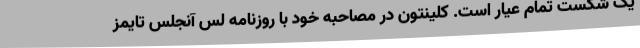
یک شکست تمام عیار است. کلینتون در مصاحبه خود با روزنامه لس آنجلس تایمز